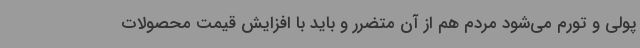
پولی و تورم می‌شود مردم هم از آن متضرر و باید با افزایش قیمت محصولات